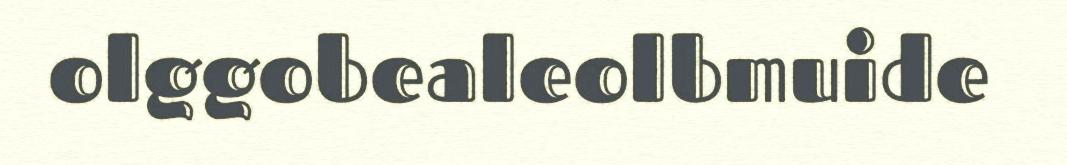
olggobealeolbmuide